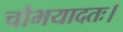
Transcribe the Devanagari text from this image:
चोभयादतः।